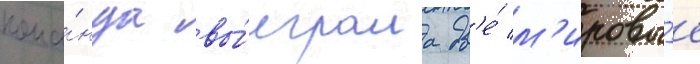
кома́нда вы́играла дв'е́ м'ировы́е